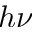
h \nu